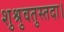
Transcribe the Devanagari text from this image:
शुश्रुवतुस्तदा।